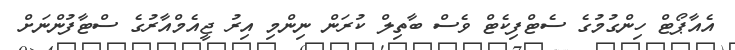
އެއާޕޯޓް ހިންގުމުގެ ސެޓްފިކެޓް ވެސް ބާތިލް ކުރަން ނިންމި އިރު ޖީއެމްއާރުގެ ސްޓާފުންނަށް